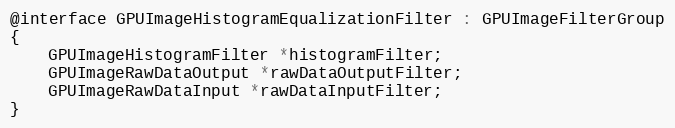
Language: C
@interface GPUImageHistogramEqualizationFilter : GPUImageFilterGroup
{
    GPUImageHistogramFilter *histogramFilter;
    GPUImageRawDataOutput *rawDataOutputFilter;
    GPUImageRawDataInput *rawDataInputFilter;
}